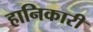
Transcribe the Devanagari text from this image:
हानिकारी